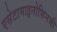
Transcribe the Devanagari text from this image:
एसेटामाइनोफिनभी